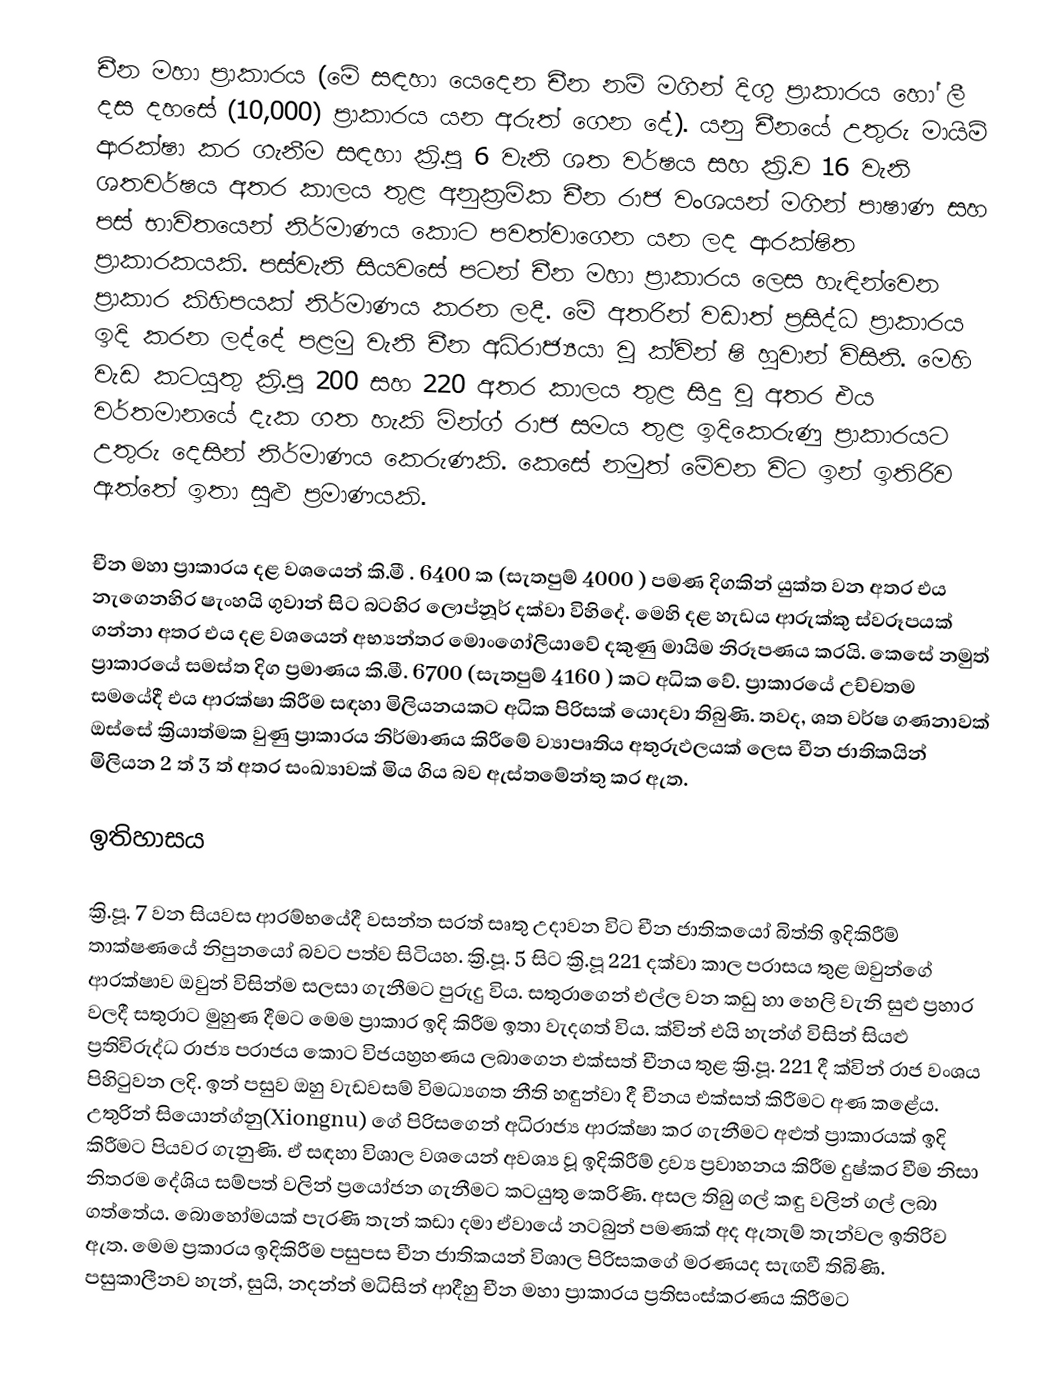
චීන මහා ප්‍රාකාරය (මේ සඳහා යෙදෙන චීන නම් මගින් දිගු ප්‍රාකාරය හෝ ලී දස දහසේ (10,000) ප්‍රාකාරය යන අරුත් ගෙන දේ). යනු චීනයේ උතුරු මායිම් ආරක්ෂා කර ගැනීම සඳහා ක්‍රි.පූ 6 වැනි ශත වර්ෂය සහ ක්‍රි.ව 16 වැනි ශතවර්ෂය අතර කාලය තුළ අනුක්‍රමික චීන රාජ වංශයන් මගින් පාෂාණ සහ පස් භාවිතයෙන් නිර්මාණය කොට පවත්වාගෙන යන ලද ආරක්ෂිත ප්‍රාකාරකයකි. පස්වැනි සියවසේ පටන් චීන මහා ප්‍රාකාරය ලෙස හැඳින්වෙන ප්‍රාකාර කිහිපයක් නිර්මාණය කරන ලදී. මේ අතරින් වඩාත් ප්‍රසිද්ධ ප්‍රාකාරය ඉදි කරන ලද්දේ පළමු වැනි චීන අධිරාජ්‍යයා වූ ක්වින් ෂි හුවාන් විසිනි. මෙහි වැඩ කටයුතු ක්‍රි.පූ 200 සහ 220 අතර කාලය තුළ සිදු වූ අතර එය වර්තමානයේ දැක ගත හැකි මින්ග් රාජ සමය තුළ ඉදිකෙරුණු ප්‍රාකාරයට උතුරු දෙසින් නිර්මාණය කෙරුණකි. කෙසේ නමුත් මේවන විට ඉන් ඉතිරිව ඇත්තේ ඉතා සුළු ප්‍රමාණයකි.

චීන මහා ප්‍රාකාරය දළ වශයෙන් කි.මී . 6400 ක (සැතපුම් 4000 ) පමණ දිගකින් යුක්ත වන අතර එය නැගෙනහිර ෂැංහයි ගුවාන් සිට බටහිර ලොප්නූර් දක්වා විහිදේ. මෙහි දළ හැඩය ආරුක්කු ස්වරූපයක් ගන්නා අතර එය දළ වශයෙන් අභ්‍යන්තර මොංගෝලියාවේ දකුණු මායිම නිරූපණය කරයි. කෙසේ නමුත් ප්‍රාකාරයේ සමස්ත දිග ප්‍රමාණය කි.මී. 6700 (සැතපුම් 4160 ) කට අධික වේ. ප්‍රාකාරයේ උච්චතම සමයේදී එය ආරක්ෂා කිරීම සඳහා මිලියනයකට අධික පිරිසක් යොදවා තිබුණි. තවද, ශත වර්ෂ ගණනාවක් ඔස්සේ ක්‍රියාත්මක වුණු ප්‍රාකාරය නිර්මාණය කිරීමේ ව්‍යාපෘතිය අතුරුඵලයක් ලෙස චීන ජාතිකයින් මිලියන 2 ත් 3 ත් අතර සංඛ්‍යාවක් මිය ගිය බව ඇස්තමේන්තු කර ඇත.

ඉතිහාසය

ක්‍රි.පූ. 7 වන සියවස ආරම්භයේදී වසන්ත සරත් සෘතු උදාවන විට චීන ජාතිකයෝ බිත්ති ඉදිකිරීම් තාක්ෂණයේ නිපුනයෝ බවට පත්ව සිටියහ. ක්‍රි.පූ. 5 සිට ක්‍රි.පූ 221 දක්වා කාල පරාසය තුළ ඔවුන්ගේ ආරක්ෂාව ඔවුන් විසින්ම සලසා ගැනීමට පුරුදු විය. සතුරාගෙන් එල්ල වන කඩු හා හෙලි වැනි සුළු ප්‍රහාර වලදී සතුරාට මුහුණ දීමට මෙම ප්‍රාකාර ඉදි කිරීම ඉතා වැදගත් ‍විය. ක්වින් එයි හැන්ග් විසින් සියළු ප්‍රතිවිරුද්ධ රාජ්‍ය පරාජය කොට විජයහ්‍රහණය ලබාගෙන එක්සත් චීනය තුළ ක්‍රි.පූ. 221 දී ක්වින් රාජ වංශය පිහිටුවන ලදි. ඉන් පසුව ඔහු වැඩවසම් විමධ්‍යගත නීති හඳුන්වා දී චීනය එක්සත් කිරීමට අණ කළේය. උතුරින් සියොන්ග්නු(Xiongnu) ගේ පිරිසගෙන් අධිරාජ්‍ය ආරක්ෂා කර ගැනීමට අළුත් ප්‍රාකාරයක් ඉදි කිරීමට පියවර ගැනුණි. ඒ සඳහා විශාල වශයෙන් අවශ්‍ය වූ ඉදිකිරීම් ද්‍රව්‍ය ප්‍රවාහනය කිරීම දුෂ්කර වීම නිසා නිතරම දේශිය සම්පත් වලින් ප්‍රයෝජන ගැනීමට කටයුතු කෙරිණි. අසල තිබු ගල් කඳු වලින් ගල් ලබා ගත්තේය. බොහෝමයක් පැරණි තැන් කඩා දමා ඒවායේ නටබුන් පමණක් අද ඇතැම් තැන්වල ඉතිරිව ඇත. මෙම ප්‍රකාරය ඉදිකිරීම පසුපස චීන ජාතිකයන් විශාල පිරිසකගේ මරණයද සැඟවී තිබිණි. පසුකාලීනව හැන්, සුයි, නදන්න් මධිසින් ආදීහු චීන මහා ප්‍රාකාරය ප්‍රතිසංස්කරණය කිරීමට